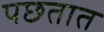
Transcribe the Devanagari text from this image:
पछतात